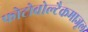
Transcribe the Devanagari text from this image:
फोटोवोल्टैकमाजूल